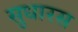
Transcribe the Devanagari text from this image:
सुधारस